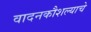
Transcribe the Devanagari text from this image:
वादनकौशल्याचे